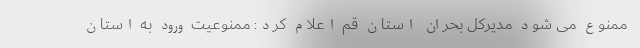
ممنوع می شود مدیرکل بحران استان قم اعلام کرد: ممنوعیت ورود به استان